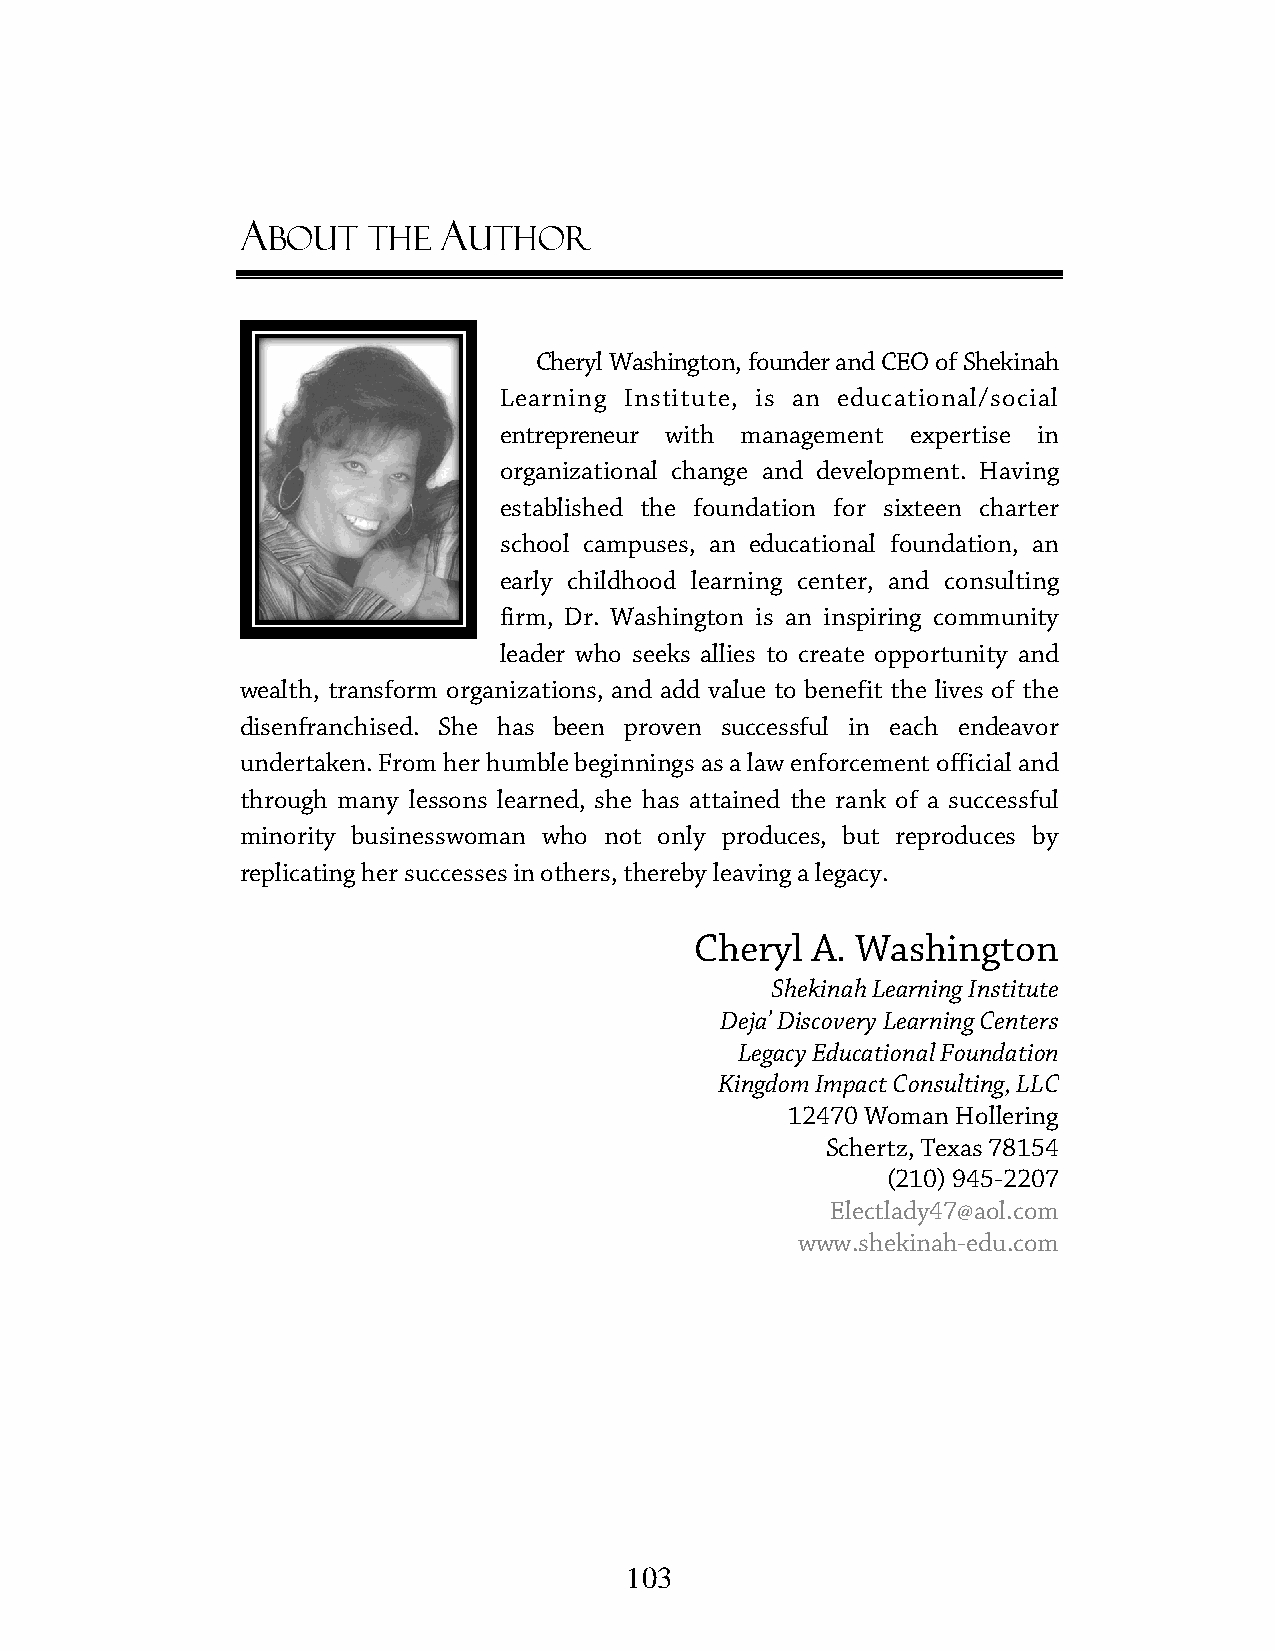
A            A
 BOUT  THE    UTHOR
 CChheerryyll WWaasshhiinnggttoonn,, ffoouunnddeerr aanndd CCEEOO ooff SShheekkiinnaahh
 LLeeaarrnniinngg IInnssttiittuuttee,, iiss aann eedduuccaattiioonnaall//ssoocciiaall
 entrepreneur wwiitthh mmaannaaggeemmeenntt eexxppeerrttiissee iinn
 oorrggaanniizzaattiioonnaall cchhaannggee aanndd ddeevveellooppmmeenntt.. HHaavviinngg
 established tthhee ffoouunnddaattiioonn ffoorr ssiixxtteeeenn cchhaarrtteerr
 sscchhooooll ccaammppuusseess,, aann eedduuccaattiioonnaall ffoouunnddaattiioonn,, aann
 eeaarrllyy cchhiillddhhoooodd lleeaarrnniinngg cceenntteerr,, aanndd ccoonnssuullttiinngg
 ffiirrmm,, DDrr.. WWaasshhiinnggttoonn iiss aann iinnssppiirriinngg ccoommmmuunniittyy
 lleeaaddeerr wwhhoo sseeeekkss aalllliieess ttoo ccrreeaattee ooppppoorrttuunniittyy aanndd
 wealth, transform organizatioonnss,, aanndd aadddd vvaalluuee ttoo bbeenneeffiitt tthhee lliivveess ooff tthhee
 ddiisseennffrraanncchhiisseedd.. SShhee hhaass bbeeeenn pprroovveenn ssuucccceessssffuull iinn eeaacchh eennddeeaavvoorr
 uunnddeerrttaakkeenn.. FFrroomm hheerr hhuummbbllee bbeeggiinnnniinnggss aass aa llaaww eennffoorrcceemmeenntt ooffffiicciiaall aanndd
 tthhrroouugghh mmaannyy lleessssoonnss lleeaarrnneedd,, sshhee hhaass aattttaaiinneedd tthhee rraannkk ooff aa ssuucccceessssffuull
 mmiinnoorriittyy bbuussiinneesssswwoommaann wwhhoo nnoott oonnllyy pprroodduucceess,, bbuutt rreepprroodduucceess bbyy
 rreepplliiccaattiinngg hheerr ssuucccceesssseess iinn ootthheerrss,, tthheerreebbyy lleeaavviinngg aa lleeggaaccyy..
 Cheryl  A. Washington
 Shekinah Learning Institute
 Deja’ Discovery Learning Centers
 Legacy Educational Foundation
 Kingdom Impact Consulting, LLC
 12470 Woman Hollering
 Schertz, Texas 78154
 (210) 945-2207
 Electlady47@aol.com
 www.shekinah-edu.com
 110033